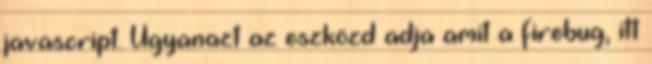
javascript. Ugyanazt az eszközd adja amit a firebug, itt